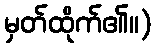
မှတ်ထိုက်၏။)